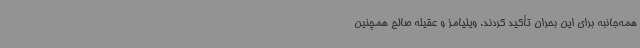
همه‌جانبه برای این بحران تأکید کردند. ویلیامز و عقیله صالح همچنین